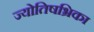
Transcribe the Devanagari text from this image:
ज्योतिषभ्रिका